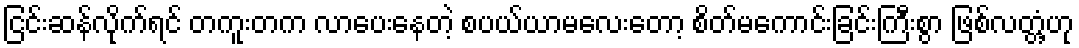
ငြင်းဆန်လိုက်ရင် တကူးတက လာပေးနေတဲ့ စပယ်ယာမလေးတော့ စိတ်မကောင်းခြင်းကြီးစွာ ဖြစ်လတ္တံ့ဟု